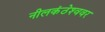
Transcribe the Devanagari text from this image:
नीलकंठेश्‍ववर